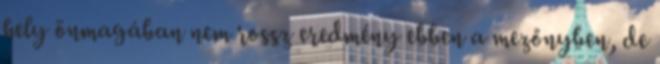
hely önmagában nem rossz eredmény ebben a mezőnyben, de